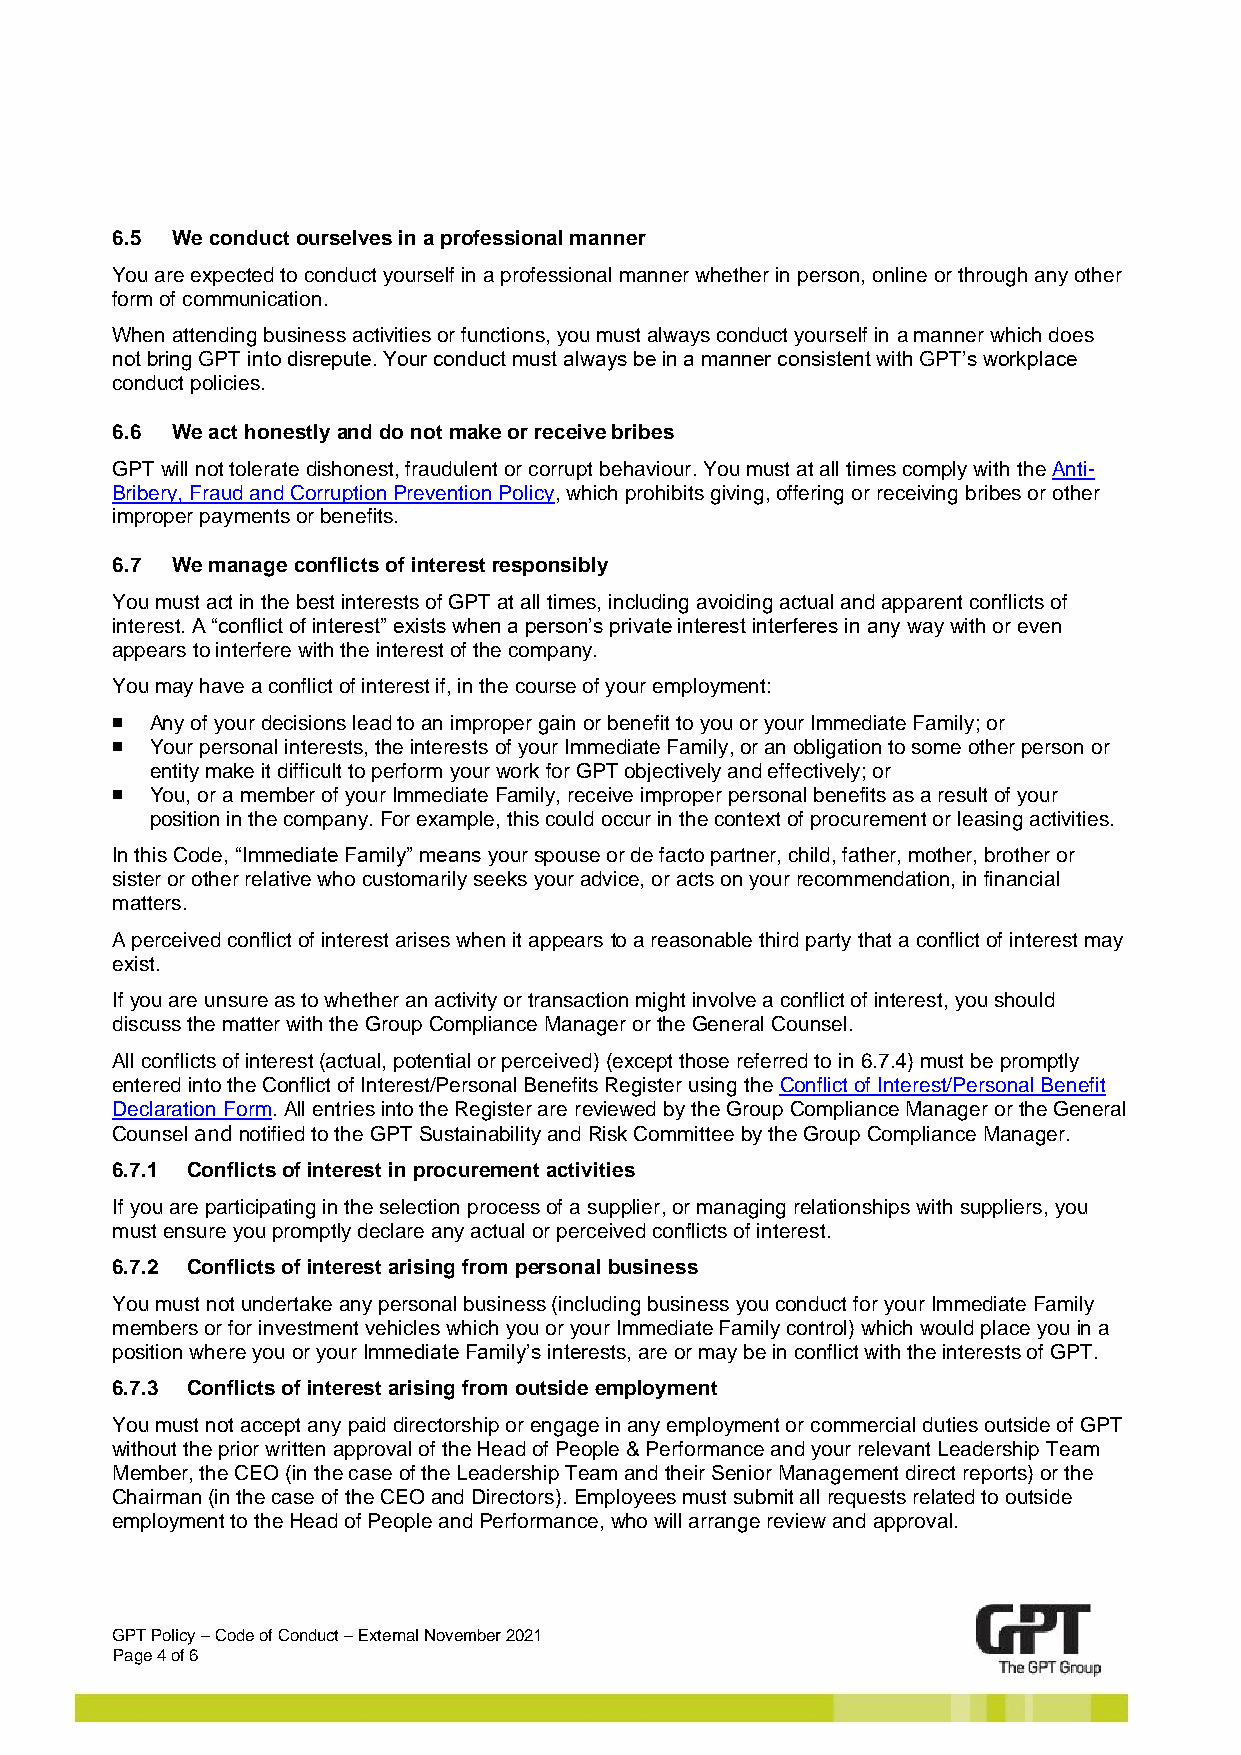
6.5 We conduct ourselves in a professional manner
 You are expected to conduct yourself in a professional manner whether in person, online or through any other
 form of communication.
 When attending business activities or functions, you must always conduct yourself in a manner which does
 not bring GPT into disrepute. Your conduct must always be in a manner consistent with GPT’s workplace
 conduct policies.
 6.6 We act honestly and do not make or receive bribes
 GPT will not tolerate dishonest, fraudulent or corrupt behaviour. You must at all times comply with the Anti-
 Bribery, Fraud and Corruption Prevention Policy, which prohibits giving, offering or receiving bribes or other
 improper payments or benefits.
 6.7 We manage conflicts of interest responsibly
 You must act in the best interests of GPT at all times, including avoiding actual and apparent conflicts of
 interest. A “conflict of interest” exists when a person’s private interest interferes in any way with or even
 appears to interfere with the interest of the company.
 You may have a conflict of interest if, in the course of your employment:
 ◼  Any of your decisions lead to an improper gain or benefit to you or your Immediate Family; or
 ◼  Your personal interests, the interests of your Immediate Family, or an obligation to some other person or
 entity make it difficult to perform your work for GPT objectively and effectively; or
 ◼  You, or a member of your Immediate Family, receive improper personal benefits as a result of your
 position in the company. For example, this could occur in the context of procurement or leasing activities.
 In this Code, “Immediate Family” means your spouse or de facto partner, child, father, mother, brother or
 sister or other relative who customarily seeks your advice, or acts on your recommendation, in financial
 matters.
 A perceived conflict of interest arises when it appears to a reasonable third party that a conflict of interest may
 exist.
 If you are unsure as to whether an activity or transaction might involve a conflict of interest, you should
 discuss the matter with the Group Compliance Manager or the General Counsel.
 All conflicts of interest (actual, potential or perceived) (except those referred to in 6.7.4) must be promptly
 entered into the Conflict of Interest/Personal Benefits Register using the Conflict of Interest/Personal Benefit
 Declaration Form. All entries into the Register are reviewed by the Group Compliance Manager or the General
 Counsel and notified to the GPT Sustainability and Risk Committee by the Group Compliance Manager.
 6.7.1 Conflicts of interest in procurement activities
 If you are participating in the selection process of a supplier, or managing relationships with suppliers, you
 must ensure you promptly declare any actual or perceived conflicts of interest.
 6.7.2 Conflicts of interest arising from personal business
 You must not undertake any personal business (including business you conduct for your Immediate Family
 members or for investment vehicles which you or your Immediate Family control) which would place you in a
 position where you or your Immediate Family’s interests, are or may be in conflict with the interests of GPT.
 6.7.3 Conflicts of interest arising from outside employment
 You must not accept any paid directorship or engage in any employment or commercial duties outside of GPT
 without the prior written approval of the Head of People & Performance and your relevant Leadership Team
 Member, the CEO (in the case of the Leadership Team and their Senior Management direct reports) or the
 Chairman (in the case of the CEO and Directors). Employees must submit all requests related to outside
 employment to the Head of People and Performance, who will arrange review and approval.
 GPT Policy – Code of Conduct – External November 2021
 Page 4 of 6